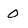
Character: 0